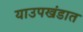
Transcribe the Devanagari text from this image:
याउपखंडात